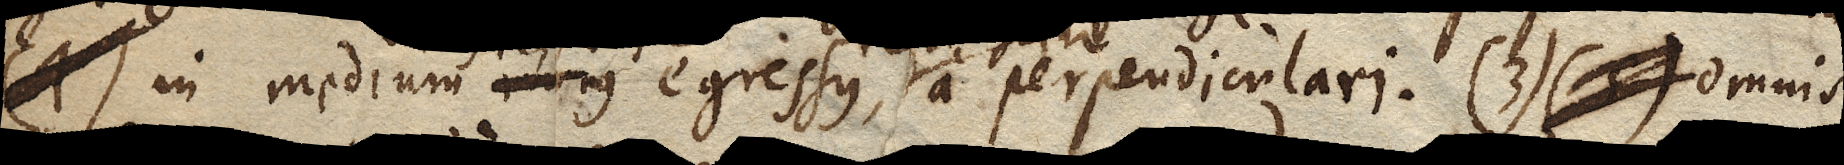
(1) in medium minus egressus, a perpendiculari. (3) (2) omnis